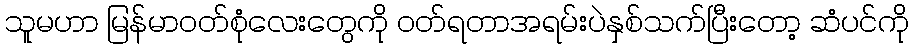
သူမဟာ မြန်မာ၀တ်စုံလေးတွေကို ၀တ်ရတာအရမ်းပဲနှစ်သက်ပြီးတော့ ဆံပင်ကို